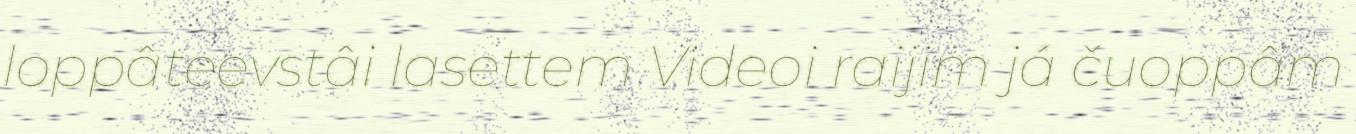
loppâteevstâi lasettem Videoi raijim já čuoppâm